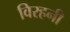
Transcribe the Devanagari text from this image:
विरहनी